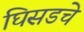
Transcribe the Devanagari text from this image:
घिसडचे